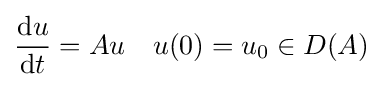
{\frac {\mathrm {d} u}{\mathrm {d} t}}=Au\quad u(0)=u_{0}\in D(A)